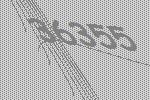
36355